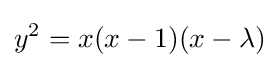
y^{2}=x(x-1)(x-\lambda )